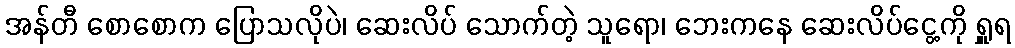
အန်တီ စောစောက ပြောသလိုပဲ၊ ဆေးလိပ် သောက်တဲ့ သူရော၊ ဘေးကနေ ဆေးလိပ်ငွေ့ကို ရှူရ